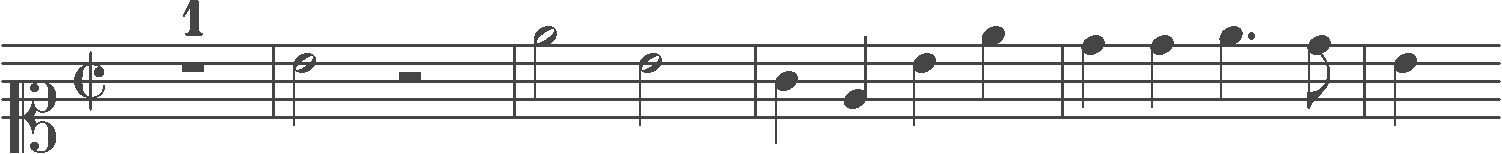
Transcription: clef-C1 timeSignature-C/ multirest-1 barline note-B4_half rest-half barline note-E5_half note-B4_half barline note-G4_quarter note-E4_quarter note-B4_quarter note-E5_quarter barline note-D5_quarter note-D5_quarter note-E5_quarter. note-D5_eighth barline note-B4_quarter